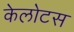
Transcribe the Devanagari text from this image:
केलोटस